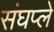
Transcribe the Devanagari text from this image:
संघप्ले